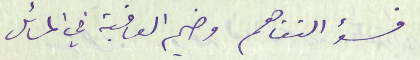
فسوء التفاهم وخيم العاقبة في المسائل